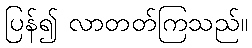
ပြန်၍ လာတတ်ကြသည်။